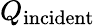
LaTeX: Q_{\mathrm{incident}}